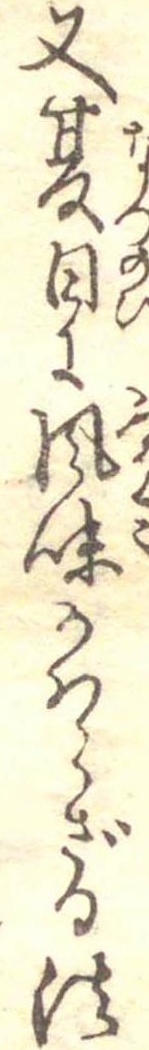
又夏日に風味かはらざる法